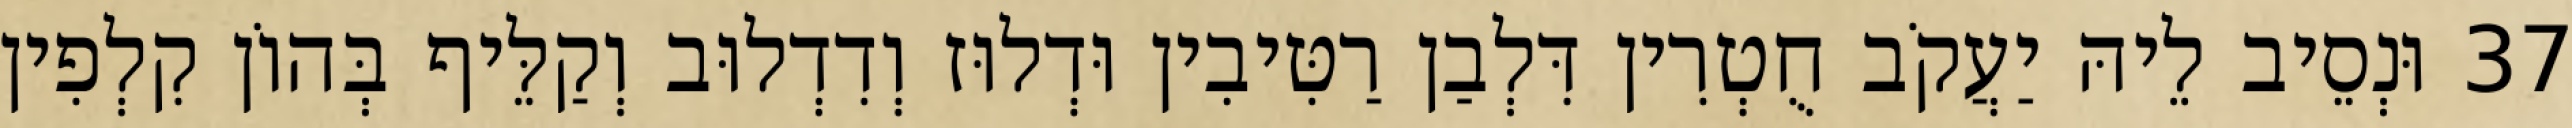
37 וּנְסֵיב לֵיהּ יַעֲקֹב חֻטְרִין דִּלְבַן רַטִּיבִין וּדְלוּז וְדִדְלוּב וְקַלֵּיף בְּהוֹן קִלְפִין